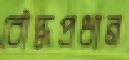
বৌদ্ধপ্রধান